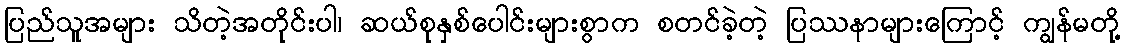
ပြည်သူအများ သိတဲ့အတိုင်းပါ၊ ဆယ်စုနှစ်ပေါင်းများစွာက စတင်ခဲ့တဲ့ ပြဿနာများကြောင့် ကျွန်မတို့